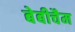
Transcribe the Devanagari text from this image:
बेबीचैम